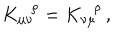
LaTeX: K _ { \mu \nu } ^ { \ \ \, \rho } = K _ { \nu \mu } ^ { \ \ \, \rho } \, ,